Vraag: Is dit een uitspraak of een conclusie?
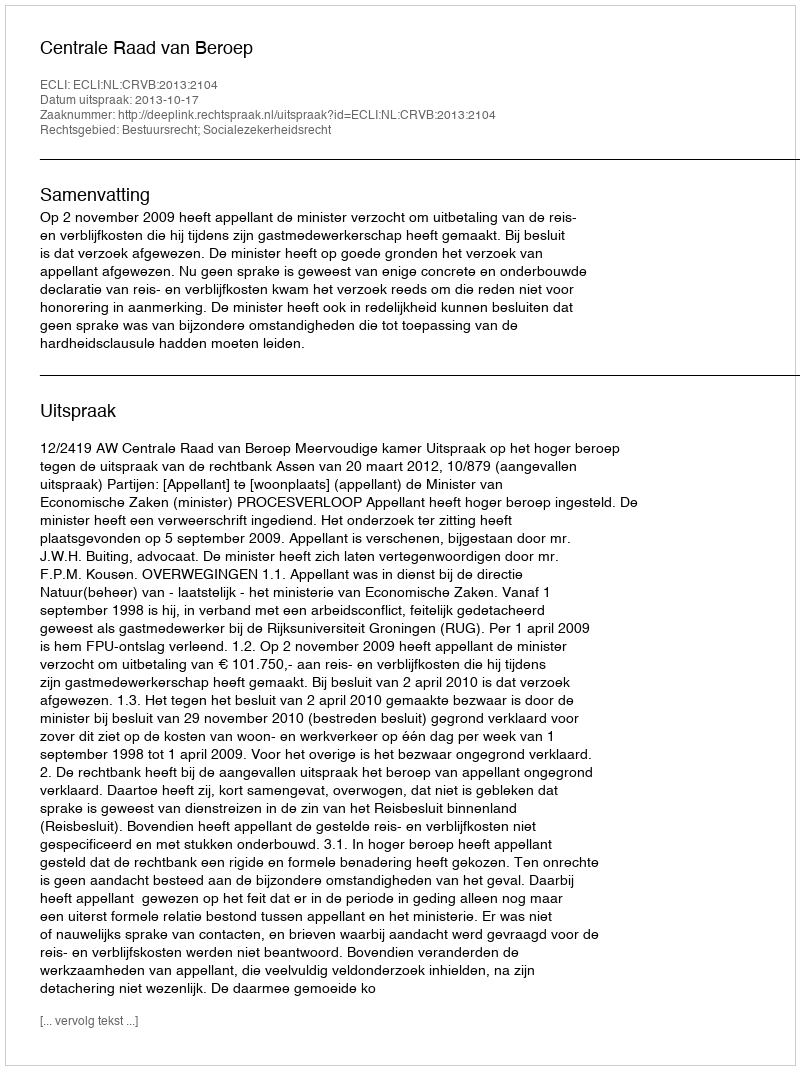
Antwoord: Uitspraak